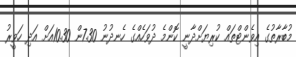
މުބާރާތުގެ އިވެންޓްތައް ކުރިޔަށްދާނީ ކޮންމެ ދުވަހެއްގެ ހެނދުނު 7.30ން 10.30އަށް އަދި ހަވީރު